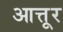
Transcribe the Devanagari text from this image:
आत्तूर